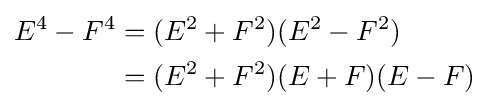
{\begin{aligned}E^{4}-F^{4}&=(E^{2}+F^{2})(E^{2}-F^{2})\\&=(E^{2}+F^{2})(E+F)(E-F)\end{aligned}}